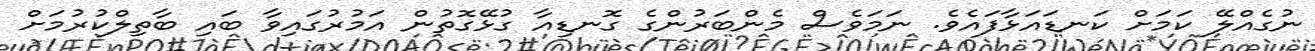
ނުގެއްލޭ ކަމަށް ކަނޑައަޅާފައެވެ. ނަމަވެސް މެންބަރުންގެ ގޮނޑިއާ ގުޅޭގޮތުން އަމުރުގައިވާ ބައި ބާތިލްކުރުމަށް